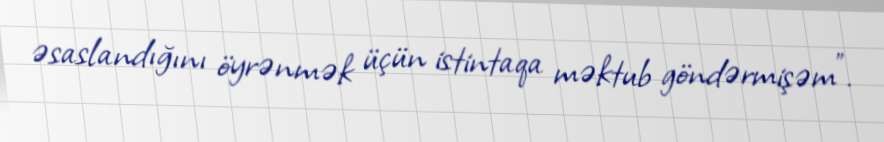
əsaslandığını öyrənmək üçün istintaqa məktub göndərmişəm”.